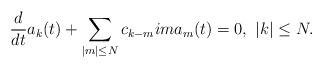
LaTeX: \begin{align*}\frac{d}{dt}a_k(t)+\sum_{|m|\le N}c_{k-m}ima_m(t)=0,~|k|\le N.\end{align*}